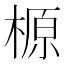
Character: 榞